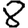
Digit: 8